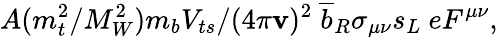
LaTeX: A(m_{t}^{2}/M_{W}^{2})m_{b}V_{ts}/(4\pi\mathbf{v})^{2}~\overline{{{{b}}}}_{R}\sigma_{\mu\nu}s_{L}~eF^{\mu\nu},